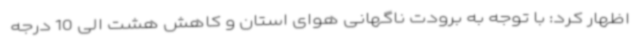
اظهار کرد: با توجه به برودت ناگهانی هوای استان و کاهش هشت الی 10 درجه